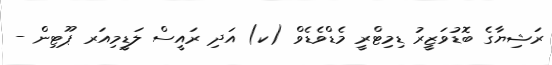
ރަޝިޔާގެ ބޮޑުވަޒީރު ޑިމިޓްރީ މެޑްވެޑެވް (ކ) އަދި ރައީސް ލަޑީމިއަރ ޕޫޓިން -